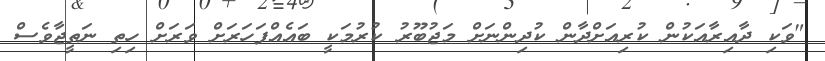
"ވަކި ދާއިރާއަކުން ކުރިއަށްދާން ކުދިންނަށް މަޖުބޫރު ކުރުމަކީ ބައެއްފަހަރަށް ވަރަށް ހިތި ނަތީޖާވެސް